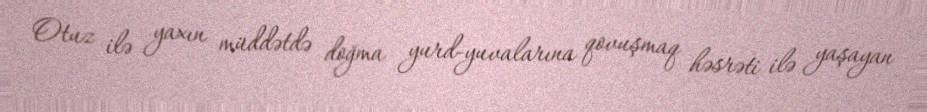
Otuz ilə yaxın müddətdə doğma yurd-yuvalarına qovuşmaq həsrəti ilə yaşayan